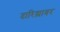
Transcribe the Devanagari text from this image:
दारिद्र्यावर